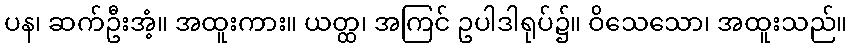
ပန၊ ဆက်ဦးအံ့။ အထူးကား။ ယတ္ထ၊ အကြင် ဥပါဒါရုပ်၌။ ဝိသေသော၊ အထူးသည်။